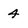
Character: 4